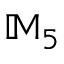
\mathbb { M } _ { 5 }